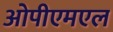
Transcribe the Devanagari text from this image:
ओपीएमएल